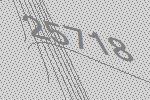
25718